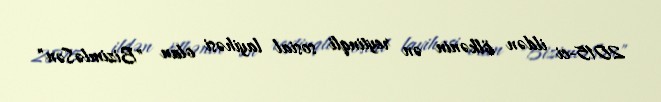
2015-ci ildən ölkənin ən reytinqli sosial layihəsi olan "BizimləSən"